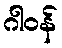
ဂါဝန်